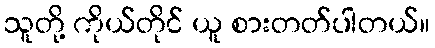
သူတို့ ကိုယ်တိုင် ယူ စားတတ်ပါတယ်။